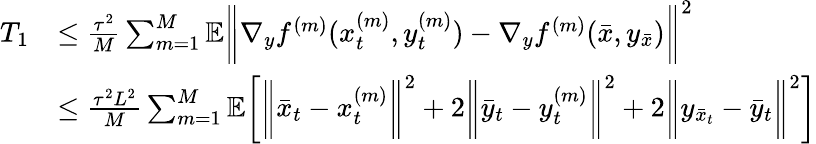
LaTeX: \begin{array}{rl}{T_{1}}&{\leq\frac{\tau^{2}}{M}\sum_{m=1}^{M}\mathbb{E}\bigg\| \nabla_{y}f^{(m)}(x_{t}^{(m)},y_{t}^{(m)})-\nabla_{y}f^{(m)}(\bar{x},y_{\bar{x}})\bigg\| ^{2}}\\ &{\leq\frac{\tau^{2}L^{2}}{M}\sum_{m=1}^{M}\mathbb{E}\bigg[\bigg\| \bar{x}_{t}-x_{t}^{(m)}\bigg\| ^{2}+2\bigg\| \bar{y}_{t}-y_{t}^{(m)}\bigg\| ^{2}+2\bigg\| y_{\bar{x}_{t}}-\bar{y}_{t}\bigg\| ^{2}\bigg]}\end{array}